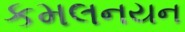
કમલનયન